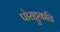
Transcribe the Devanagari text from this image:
पोराट्टुकळि